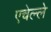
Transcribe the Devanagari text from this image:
एचेल्ले